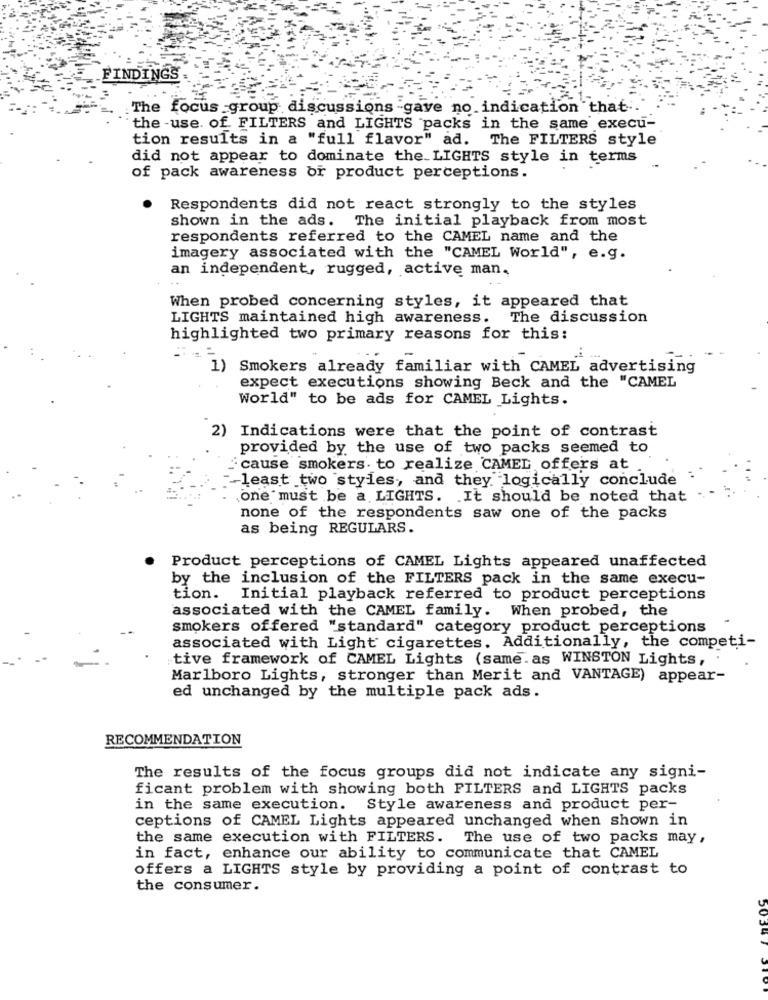
FINDINGS
The focus group discussions -gave no indication that."
the -use. of FILTERS and LIGHTS packs in the same execu-
tion results in a "full flavor" ad. The FILTERS style
did not appear to dominate the LIGHTS style in terms
of pack awareness or product perceptions.
Respondents did not react strongly to the styles
shown in the ads. The initial playback from most
respondents referred to the CAMEL name and the
imagery associated with the "CAMEL World", e.g.
an independent, rugged, active man.
When probed concerning styles, it appeared that
LIGHTS maintained high awareness. The discussion
highlighted two primary reasons for this:
. ..
1) Smokers already familiar with CAMEL advertising
expect executions showing Beck and the "CAMEL
World" to be ads for CAMEL Lights.
2) Indications were that the point of contrast
provided by the use of two packs seemed to
:cause smokers. to realize CAMEL offers at
least two styles, and they logically conclude
one must be a LIGHTS. It should be noted that
none of the respondents saw one of the packs
as being REGULARS.
Product perceptions of CAMEL Lights appeared unaffected
by the inclusion of the FILTERS pack in the same execu-
tion. Initial playback referred to product perceptions
associated with the CAMEL family. When probed, the
smokers offered "standard" category product perceptions
associated with Light cigarettes. Additionally, the competi-
tive framework of CAMEL Lights (same.as WINSTON Lights,
Marlboro Lights, stronger than Merit and VANTAGE) appear-
ed unchanged by the multiple pack ads.
RECOMMENDATION
The results of the focus groups did not indicate any signi-
ficant problem with showing both FILTERS and LIGHTS packs
in the same execution. Style awareness and product per-
ceptions of CAMEL Lights appeared unchanged when shown in
the same execution with FILTERS. The use of two packs may,
in fact, enhance our ability to communicate that CAMEL
offers a LIGHTS style by providing a point of contrast to
the consumer.